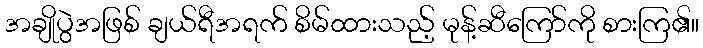
အချိုပွဲအဖြစ် ချယ်ရီအရက် စိမ်ထားသည့် မုန့်ဆီကြော်ကို စားကြ၏။